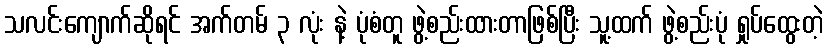
သလင်းကျောက်ဆိုရင် အက်တမ် ၃ လုံး နဲ့ ပုံစံတူ ဖွဲ့စည်းထားတာဖြစ်ပြီး သူ့ထက် ဖွဲ့စည်းပုံ ရှုပ်ထွေးတဲ့